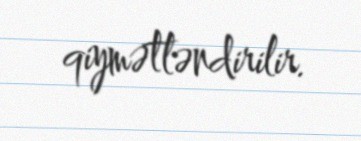
qiymətləndirilir.